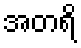
အတရိ